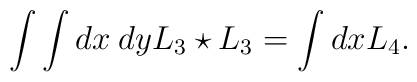
\int \int dx \: dy L_{3} \star L_{3} = \int dx L_{4} .